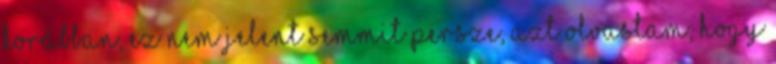
korábban, ez nem jelent semmit persze, azt olvastam, hogy